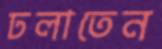
ঢলাতেন